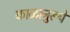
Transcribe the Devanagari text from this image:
काळानुरूपे